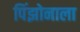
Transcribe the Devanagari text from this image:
पिंझोनाला